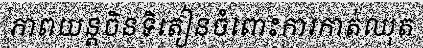
ភាពយន្តចិនទិតៀនចំពោះការកាត់ឈុត